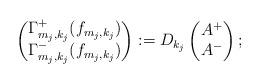
LaTeX: \begin{align*}\begin{pmatrix}\Gamma_{m_j,k_j}^+(f_{m_j,k_j})\\\Gamma_{m_j,k_j}^-(f_{m_j,k_j})\end{pmatrix}:=D_{k_j}\begin{pmatrix}A^+\\ A^- \end{pmatrix};\end{align*}